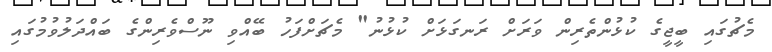
މެޗުގައި ބީޖީގެ ކުޅުންތެރިން ވަރަށް ރަނގަޅަށް ކުޅުނު" މެޗަށްފަހު ބޭއްވި ނޫސްވެރިންގެ ބައްދަލުވުމުގައި